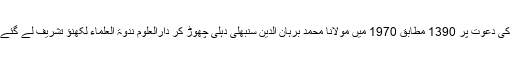
حضرت مولانا سید ابوالحسن علی ندویؒ کی دعوت پر 1390 مطابق 1970 میں مولانا محمد برہان الدین سنبھلی دہلی چھوڑ کر دارالعلوم ندوۃ العلماء لکھنؤ تشریف لے گئے اور درس وتدریس میں مشغول ہوگئے۔